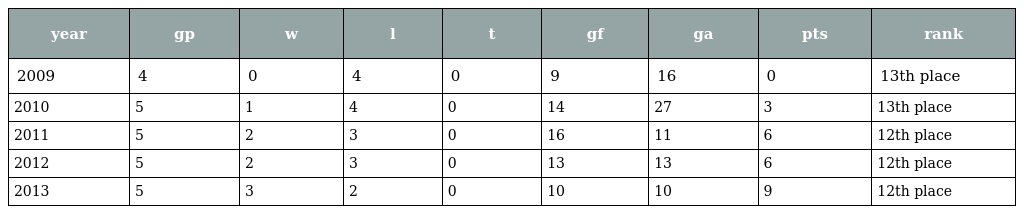
| year | gp | w | l | t | gf | ga | pts | rank |
 | --- | --- | --- | --- | --- | --- | --- | --- | --- |
 | 2009 | 4 | 0 | 4 | 0 | 9 | 16 | 0 | 13th place |
 | 2010 | 5 | 1 | 4 | 0 | 14 | 27 | 3 | 13th place |
 | 2011 | 5 | 2 | 3 | 0 | 16 | 11 | 6 | 12th place |
 | 2012 | 5 | 2 | 3 | 0 | 13 | 13 | 6 | 12th place |
 | 2013 | 5 | 3 | 2 | 0 | 10 | 10 | 9 | 12th place |